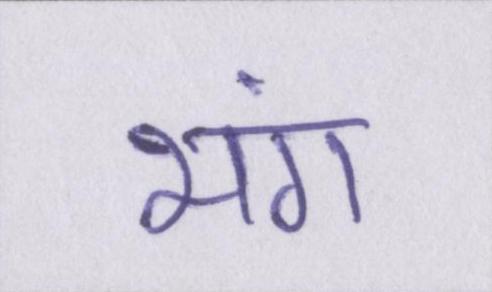
भंग